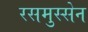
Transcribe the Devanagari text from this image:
रसमुस्सेन